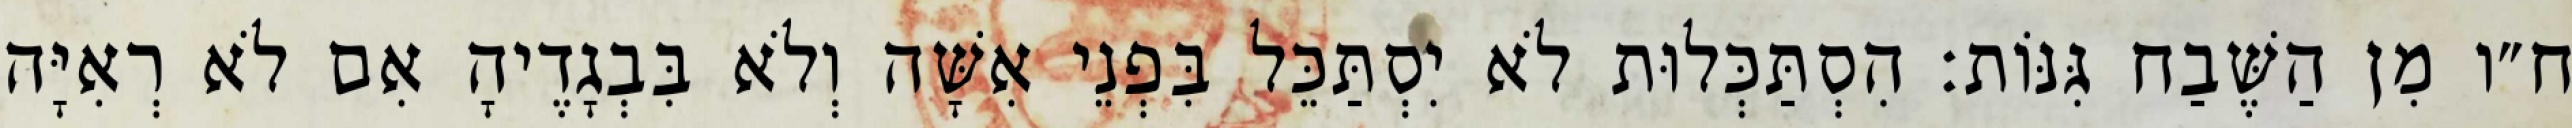
ח״ו מִן הַשֶּׁבַח גִּנּוֹת: הִסְתַּכְּלוּת לֹא יִסְתַּכֵּל בִּפְנֵי אִשָּׁה וְלֹא בִּבְגָדֶיהָ אִם לֹא רְאִיָּה